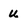
Character: u